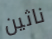
ناثين